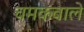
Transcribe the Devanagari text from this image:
चमकवाले